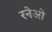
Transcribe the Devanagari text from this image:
रनेओ